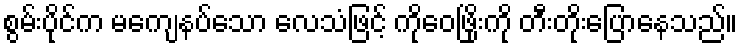
စွမ်းပိုင်က မကျေနပ်သော လေသံဖြင့် ကိုဝေဖြိုးကို တီးတိုးပြောနေသည်။